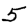
Digit: 5